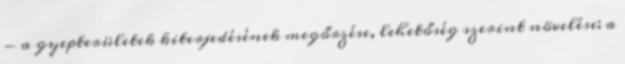
- a gyepterületek kiterjedésének megőrzése, lehetőség szerint növelése; a